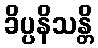
ခိပ္ပနိသန္တိ